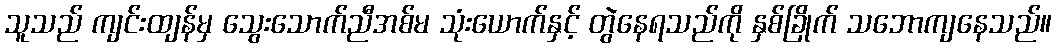
သူသည် ကျင်းထျန်မှ သွေးသောက်ညီအစ်မ သုံးယောက်နှင့် တွဲနေရသည်ကို နှစ်ခြိုက် သဘောကျနေသည်။